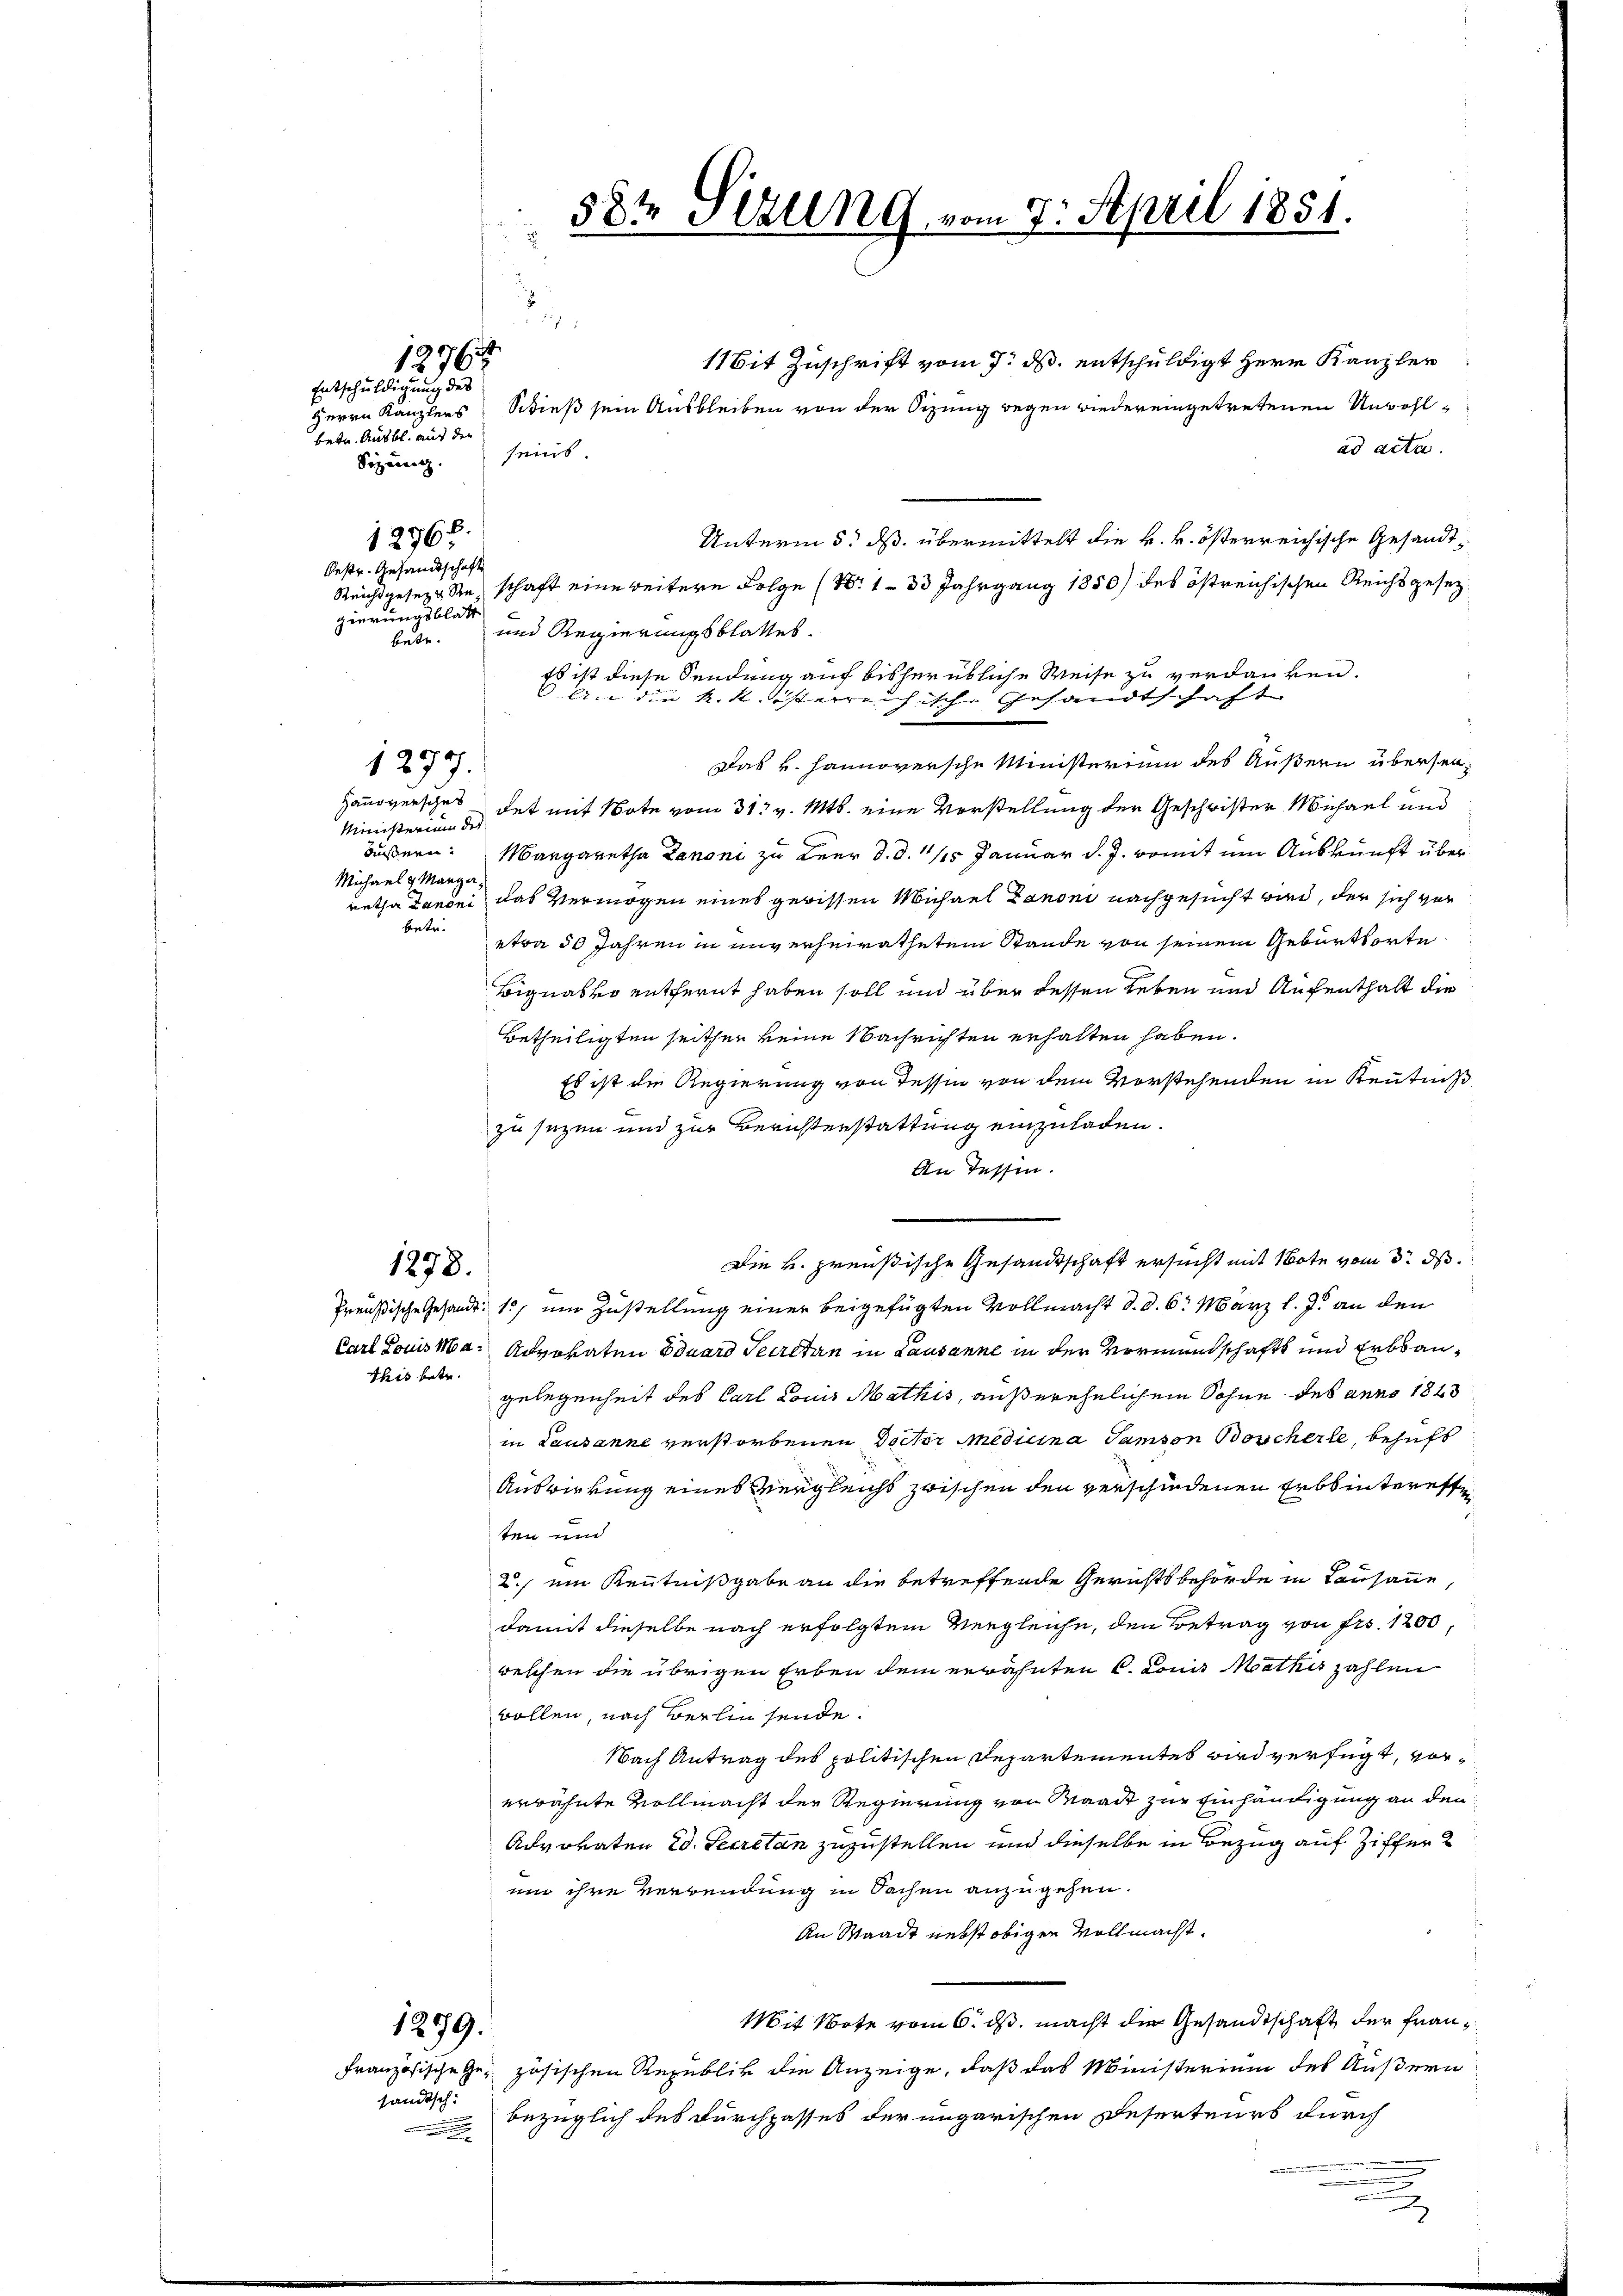
Entschuldigung des
betr. Ausbl. auf den
Sizang.
12768.
Restr. Gesandtschaft
gierungsblatt

Ministerium der
Michael & Marga
betr.

1278.

1276

1297.

This betr.

1279.

ländisch.

Mit Zuschrift vom 7. ds. entschuldigt Herr Kanzler
Herrn Kanzlers Schieß sein Ausbleiben von der Sitzung wegen wieder eingetretenen Unwohlad acta.
Unterm 5. ds. übermittelt die k. k. österreichische Gesandt¬
Reichtgesezt Sie, schaft eine weitere Folge (Nr. 133 Jahrgang 1850) des östreichischen Reichsgesetz
betr. und Regierungsblattes.
Das v. Hannoversche Ministerium des Äußern übersen¬
Hanoversches des mit Note vom 31. v. Mts. eine Vorstellung der Geschwister Michael und
äußern. Margaretha Lanoni zu Beer d. d. 15 Januar d. J. womit um Auskunft überretha Danoni, das Vermögen eines gewissen Michael Canoni nachgesucht wird, der sich vor
etwa 50 Jahren in unverheirathetem Stande von seinem Geburtsorte
Bignasko entfernt haben soll und über dessen Leben und Aufenthalt die
Betheiligten seither keine Nachrichten erhalten haben.
Es ist die Regierung von Tessin von dem Vorstehenden in Kenntniß
zu sezen und zur Berichtenstattung einzuladen.
An Tessin.
Preußische Gesandt: 1. um Zustellung einer beigefügten Vollmacht d. d. 6. März l. J. an den
Carl Louis Man Advokaten Eduard Secretan in Lausanne in der Vormundschafts und Erbbaugelegenheit des Carl Louis Mathis, außerehelichem Sohne des anno 1843
in Lausanne verstorbenen Doctor medicina Samson Boscherle, behuft
Auswirkung eines Vergleichs zwischen den verschiedenen Erbsinteressen
ten und
2. ein Kenntnißgabe an die betreffende Gerichtsbehörde in Lausanne,
damit dieselbe nach erfolgtem Vergleiche, den Betrag von Frs. 1200,
weschen die übrigen Erben dem erwähnten 6. Comit Mathis zahlen
Bollen, nach Berlin sende.
Nach Antrag des politischen Departementes wird verfügt, vorerwähnte Vollmacht der Regierung von Waadt zur Einhändigung an den
Advokaten Ed. Secretan zuzustellen und dieselbe in Bezug auf Ziffer
um ihre Verwendung in Sachen anzugehen.
An Waadt nebst obigen Vollmacht.
Mit Bote vom 6. ds. macht die Gesandtschaft der Frau¬
Französische Ge- zösischen Republik die Anzeige, daß das Ministerium des Äußern
bezüglich des Durchpasses der ungarischen Deserteurs durch

§8½ sezung vom 7. April 1851.
B

seins

Es ist diese Sendung auf bisher übliche Weise zu verdanken.
An die k.k. oesterreichische Gesandtschaft

Die k. preußische Gesandtschaft ersucht mit Note vom 3. ds.